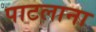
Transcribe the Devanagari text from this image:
पाटलाना